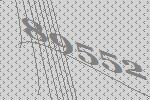
89552